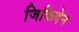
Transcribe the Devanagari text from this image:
जिकिदेन